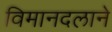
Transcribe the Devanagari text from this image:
विमानदलाने